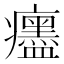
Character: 𤼎